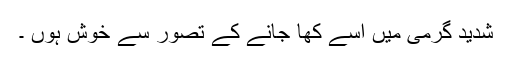
شدید گرمی میں اسے کھا جانے کے تصور سے خوش ہوں ۔